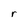
Character: r